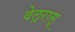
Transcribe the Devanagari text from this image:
वेल्ररासू